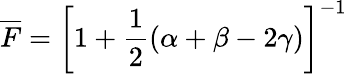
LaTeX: \overline{{F}}=\left[1+\frac{1}{2}(\alpha+\beta-2\gamma)\right]^{-1}